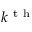
k ^ { \mathrm { ~ t ~ h ~ } }